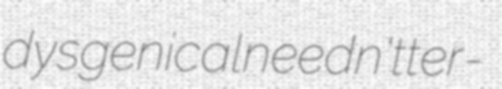
dysgenical needn't ter-